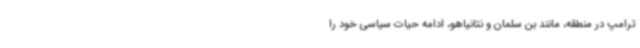
ترامپ در منطقه، مانند بن سلمان و نتانیاهو، ادامه حیات سیاسی خود را